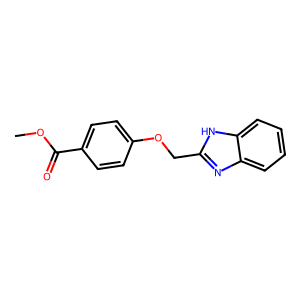
SMILES: COC(=O)c1ccc(OCc2nc3ccccc3[nH]2)cc1
Inhibits HIV replication: No